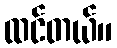
ထင်တယ်။